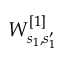
W _ { s _ { 1 } , s _ { 1 } ^ { \prime } } ^ { [ 1 ] }